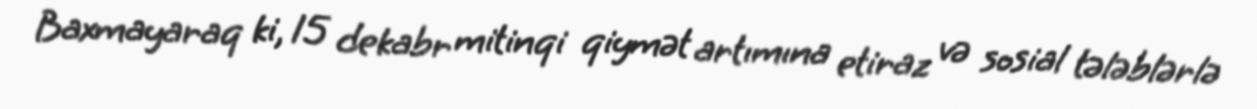
Baxmayaraq ki, 15 dekabr mitinqi qiymət artımına etiraz və sosial tələblərlə